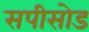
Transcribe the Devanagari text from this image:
सपीसोड